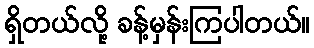
ရှိတယ်လို့ ခန့်မှန်းကြပါတယ်။